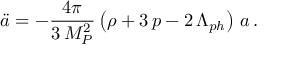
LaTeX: \ddot { a } = - \frac { 4 \pi } { 3 \, M _ { P } ^ { 2 } } \left( \rho + 3 \, p - 2 \, \Lambda _ { p h } \right) \, a \, .